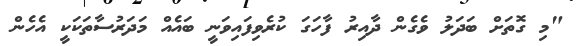
"މި ގޮތަށް ބަދަލު ވެގެން ދާއިރު ފާހަގަ ކުރެވިފައިވަނީ ބައެއް މަދަރުސާތަކަކީ އެހެން